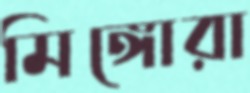
মিঙ্গোরা